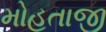
મોહતાજી